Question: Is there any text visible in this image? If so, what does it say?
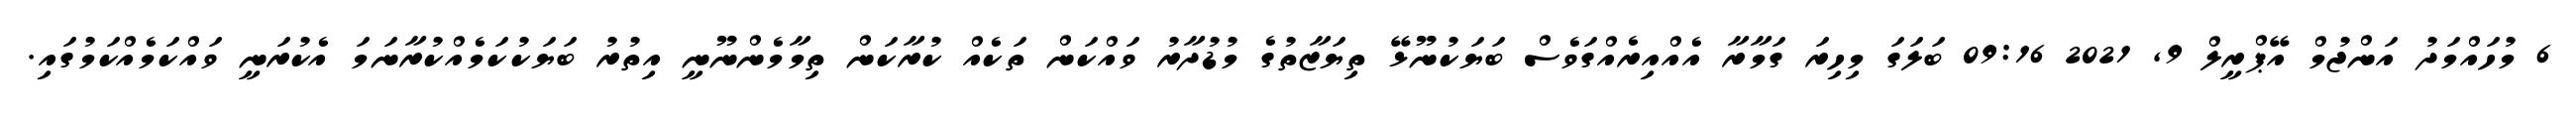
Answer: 6 މުހައްމަދު އަންޖުމް އޭޕްރީލް 9, 2021 09:16 ބަލަގަ މިހިރަ ގަމާރާ އެއްއިރެއްގަވެސް ބަޔަކުނޫޅޭ ތިޔަޒާތުގެ މުޑުދާރު ވައްކަން ތަކެއް ކުރާކަން ތިމާމެންނޫނީ އިތުރު ބަޔަކުކަމެއްކުރާނަމަ އެކުރަނީ ވައްކަމެއްކަމުގައި.